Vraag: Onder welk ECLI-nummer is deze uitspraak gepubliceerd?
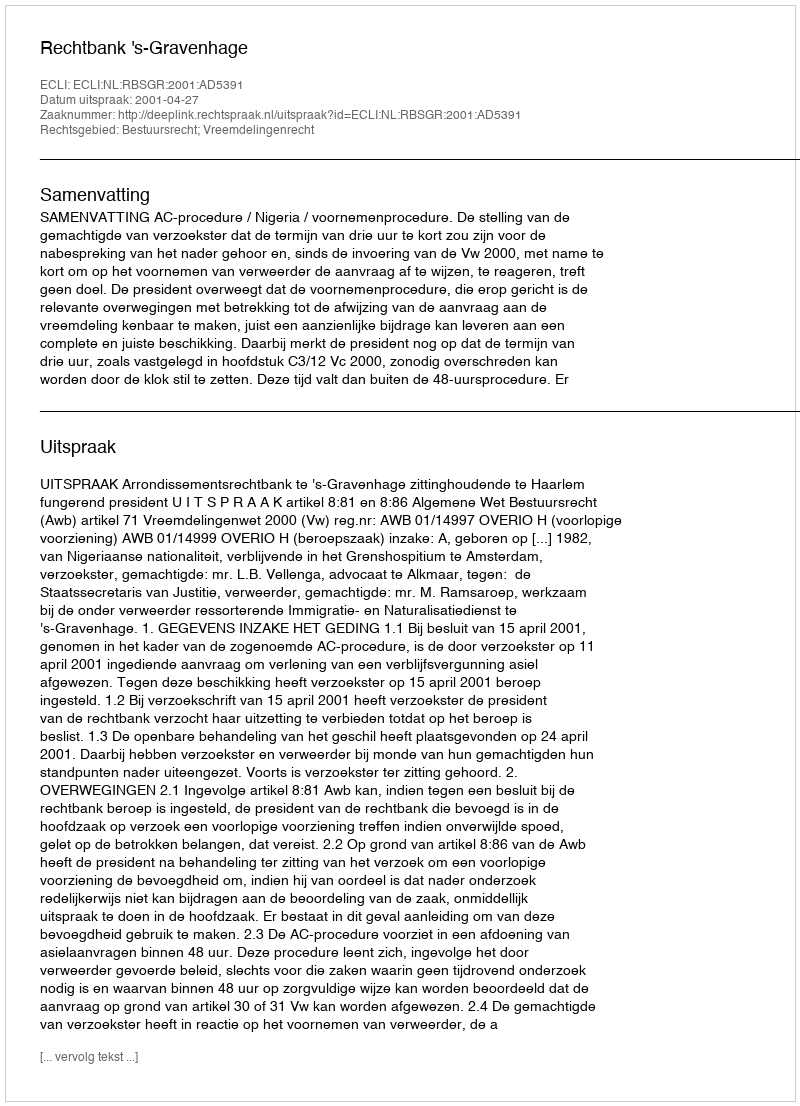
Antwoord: ECLI:NL:RBSGR:2001:AD5391